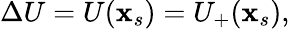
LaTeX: \Delta U=U(\mathbf{x}_{s})=U_{+}(\mathbf{x}_{s}),